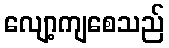
လျော့ကျစေသည်